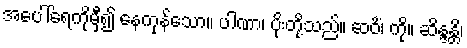
အပေါ်ရေကိုမှီ၍ နေကုန်သော။ ပါဏာ၊ ပိုးတို့သည်။ ဆဝိံ၊ ကို။ ဆိန္ဒန္တိ၊